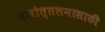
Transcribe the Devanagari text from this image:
भारोत्तलनासाठी